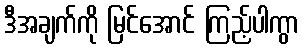
ဒီအချက်ကို မြင်အောင် ကြည့်ပါကွာ